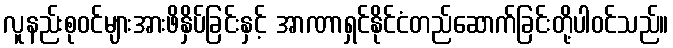
လူနည်းစုဝင်များအားဖိနှိပ်ခြင်းနှင့် အာဏာရှင်နိုင်ငံတည်ဆောက်ခြင်းတို့ပါဝင်သည်။